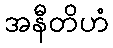
အနီတိဟံ